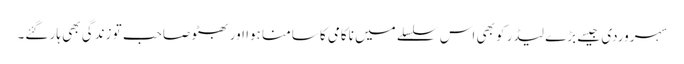
سہروردی جیسے بڑے لیڈر کو بھی اس سلسلے میں ناکامی کا سامنا ہوا اور بھٹو صاحب تو زندگی بھی ہار گئے۔